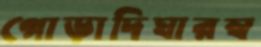
গোড়াদিঘারস্ব